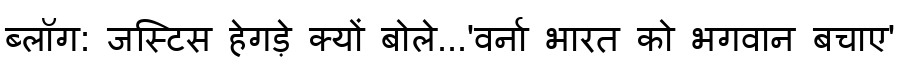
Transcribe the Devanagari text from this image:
ब्लॉग: जस्टिस हेगड़े क्यों बोले...'वर्ना भारत को भगवान बचाए'